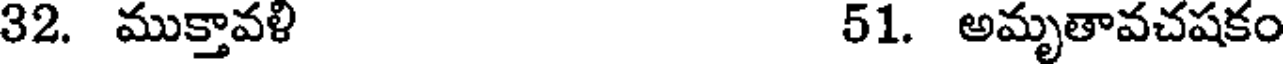
32. ముక్తావళి 51. అమృతావచషకం